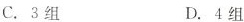
C.3组 D.4组